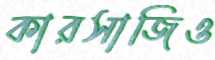
কারসাজিও